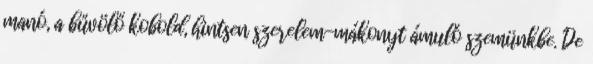
manó, a bűvölő kobold, hintsen szerelem-mákonyt ámuló szemünkbe. De